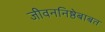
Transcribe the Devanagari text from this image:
जीवननिष्ठेबाबत